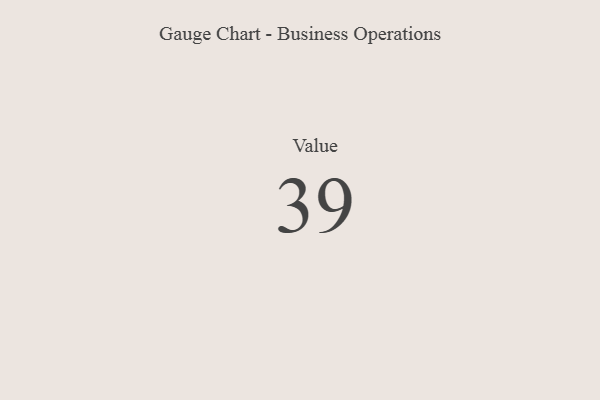
{"axis": {"x": "Metric", "y": "Value"}, "legend": [""], "data": [{"x": "Value", "y": 39, "type": ""}]}